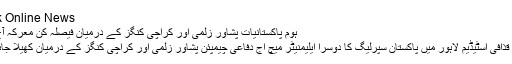
| Pak Online News
ہوم پاکستانیات پشاور زلمی اور کراچی کنگز کے درمیان فیصلہ کن معرکہ آج ہو...
لاہور: قذافی اسٹیڈیم لاہور میں پاکستان سپرلیگ کا دوسرا ایلیمنیٹر میچ آج دفاعی چیمپئن پشاور زلمی اور کراچی کنگز کے درمیان کھیلا جائے گا۔